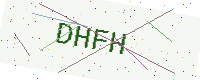
Text: DHFH